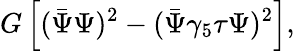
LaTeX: G\left[(\bar{\Psi}\Psi)^{2}-(\bar{\Psi}\gamma_{5}{\mathbf\tau}\Psi)^{2}\right],